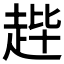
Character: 𫎳